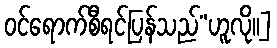
ဝင်ရောက်စီရင်ပြန်သည်”ဟူလို၊၊]